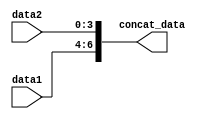
module concat_example(input [2:0] data1, input [3:0] data2, output reg [6:0] concat_data);

always @* begin
    concat_data = {data1, data2};
end

endmodule